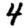
Digit: 4